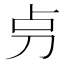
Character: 𠛤